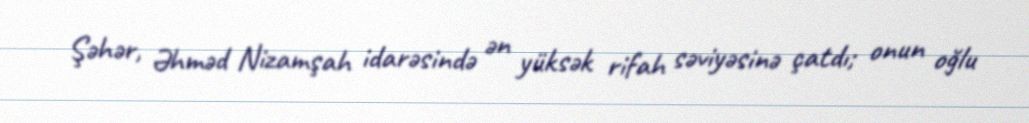
Şəhər, Əhməd Nizamşah idarəsində ən yüksək rifah səviyəsinə çatdı; onun oğlu